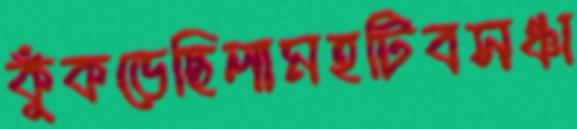
কুঁকড়েছিলামহটিবসঞ্চা